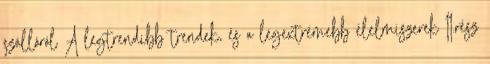
szállóról A legtrendibb trendek, és a legextrémebb élelmiszerek II.rész